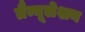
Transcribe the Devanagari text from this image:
ग्रैन्यूलेशन